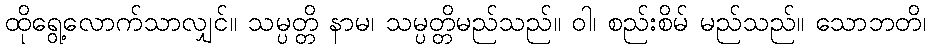
ထိုရွေ့လောက်သာလျှင်။ သမ္ပတ္တိ နာမ၊ သမ္ပတ္တိမည်သည်။ ဝါ၊ စည်းစိမ် မည်သည်။ သောဘတိ၊